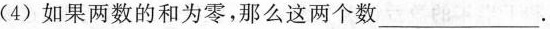
(4)如果两数的和为零，那么这两个数___.